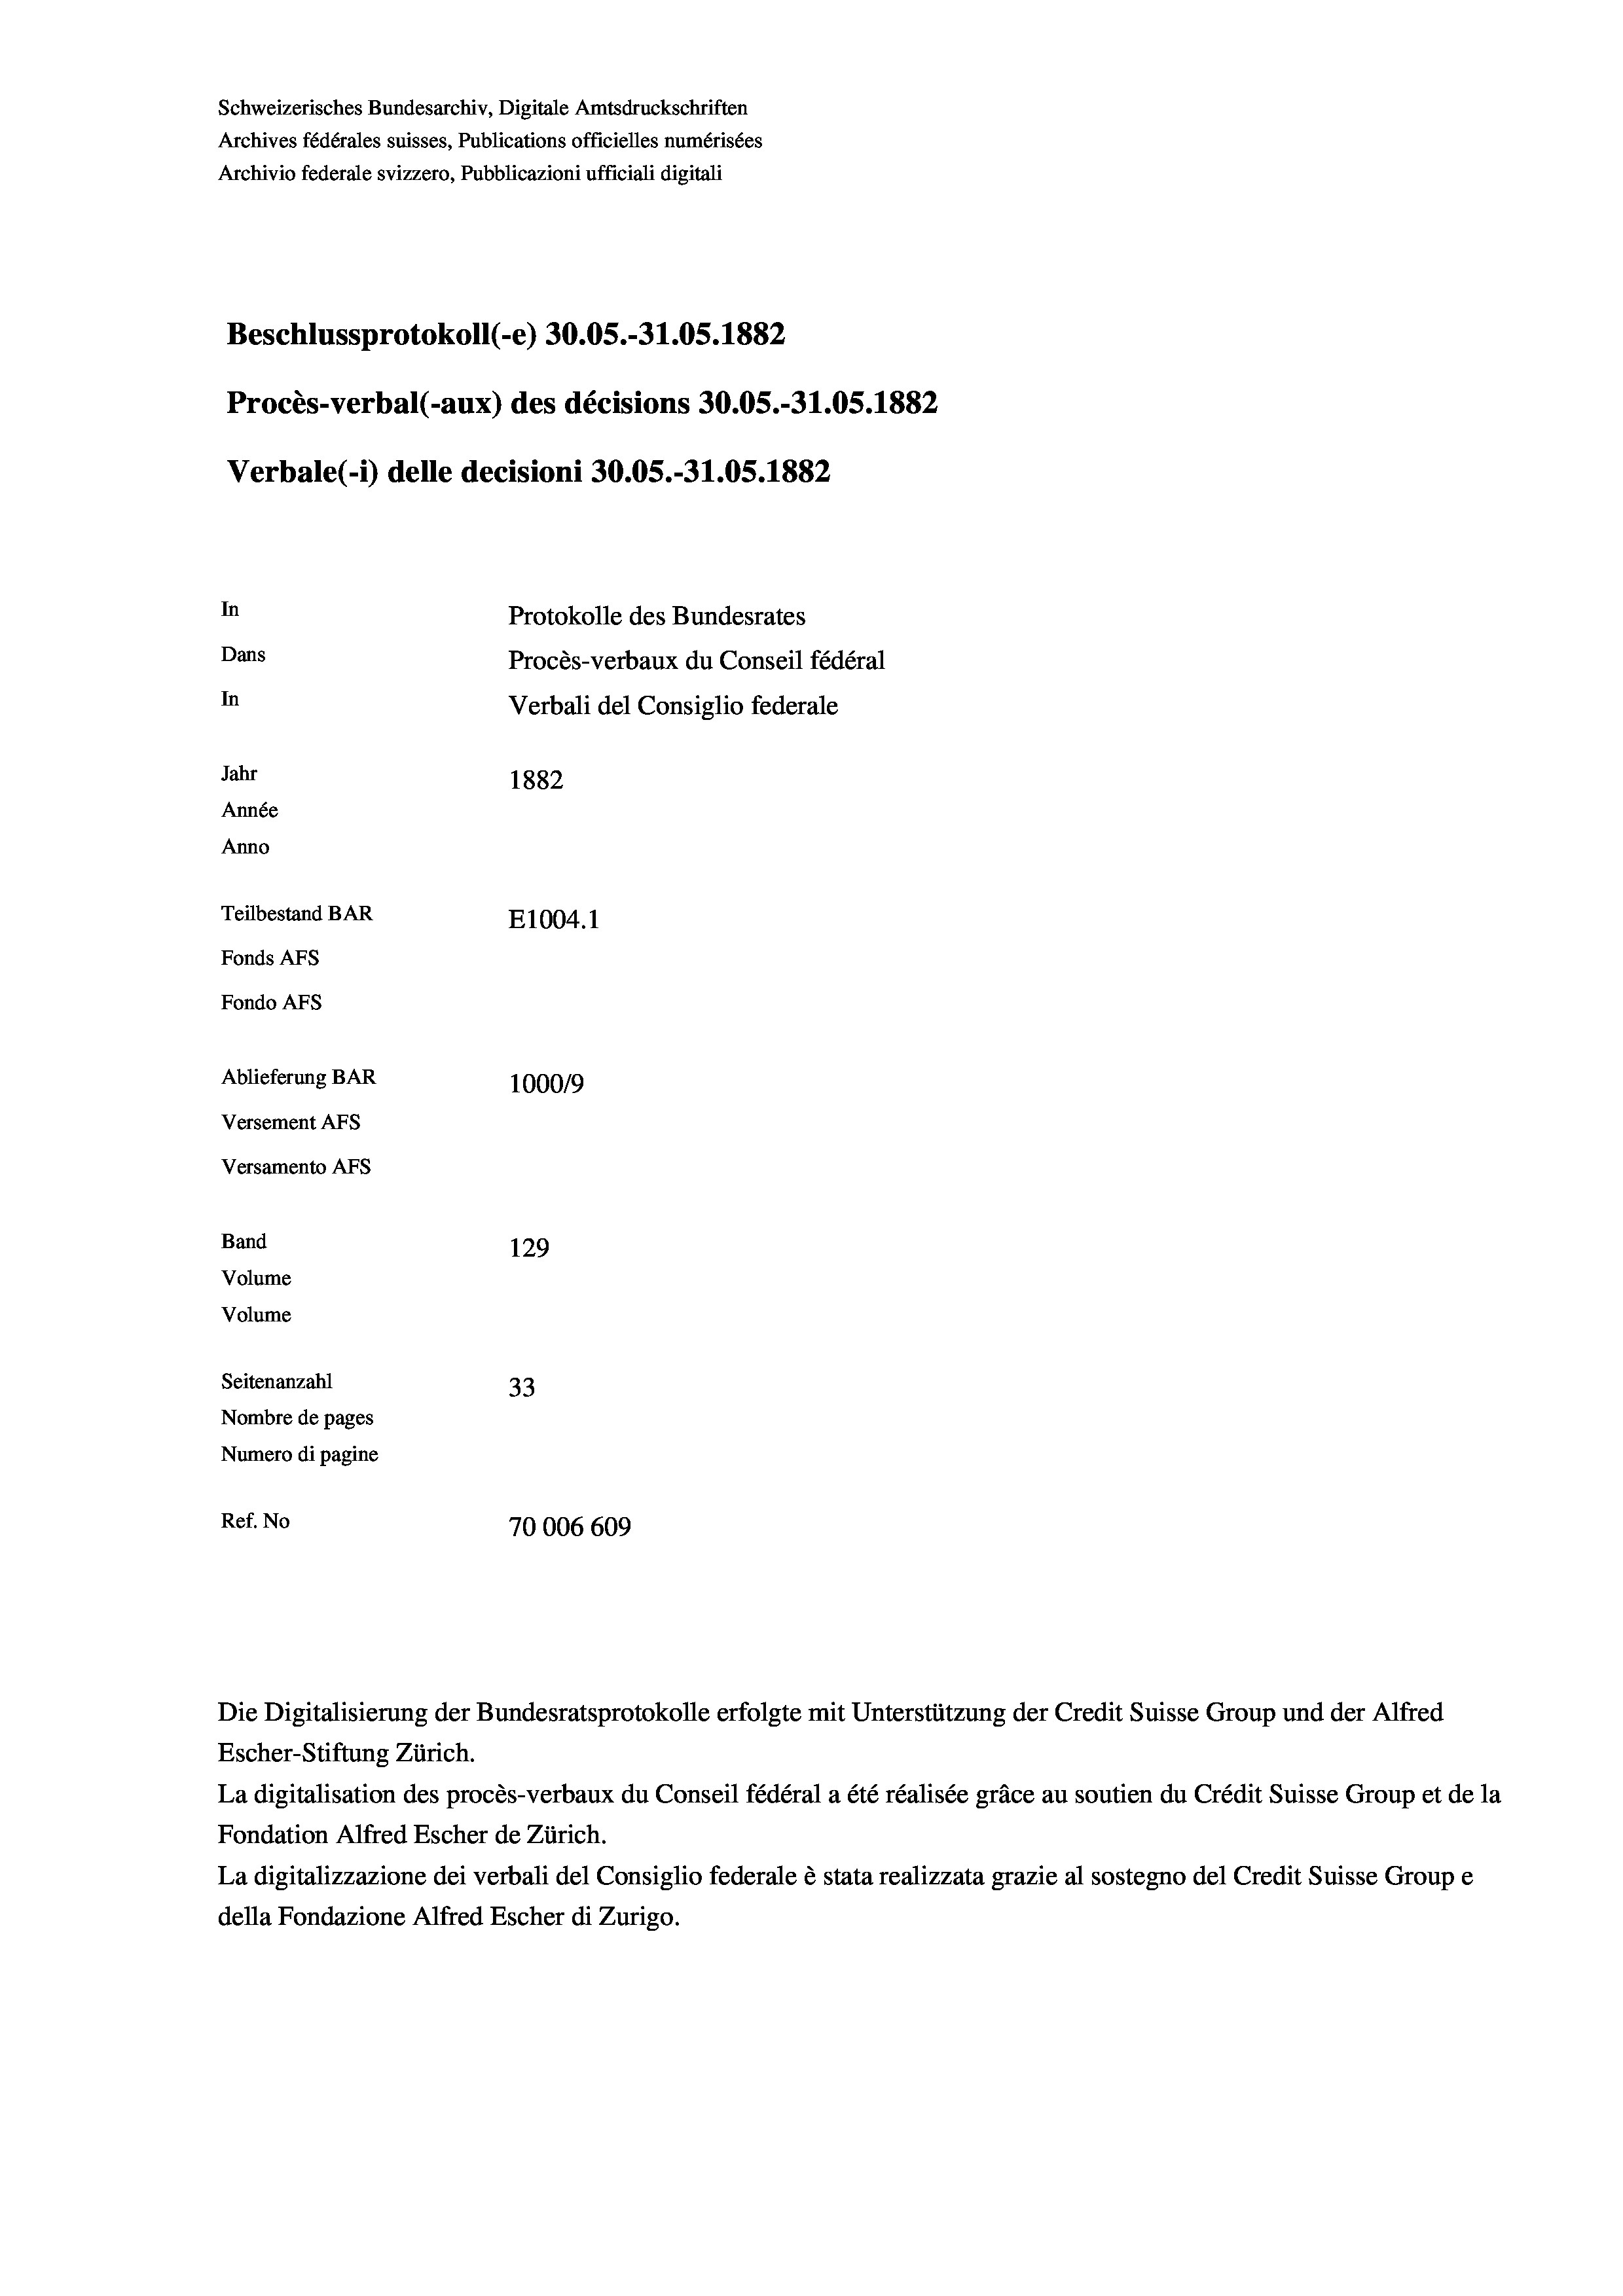
Schweizerisches Bundesarchiv, Digitale Amtsdruckschriften
Archives fédérales suisses, Publications officielles numérisées
Archivio federale svizzero, Pubblicazioni ufficiali digitali
Beschlussprotokoll (-e) 30.05.-31.05. 1882
Procès-verbal (-aux) des décisions 30.05.-31.05. 1882
Verbale (1) delle decisioni 30.05.-31.05. 1882
In
Protokolle des Bundesrates
Dans
Procès-verbaux du Conseil fédéral
In
Verbali del Consiglio federale
Jahr
1882
Année
Anno
Teilbestand BAR
E1004.1
Fonds AFs
Fondo Afs
Ablieferung BAR
100019
Versement AFs
Versamento AFS
Band
129
Volume
Volume
Seitenanzahl
33
Nombre de pages
Numero di pagine
Ref. No
70006 609

Escher-Stiftung Zürich.
La digitalisation des procès-verbaux du Conseil fédéral a été réalisée gräce au soutien du Crédit Suisse Group et de la
Fondation Alfred Escher de Zürich.
La digitalizzazione dei verbali del Consiglio federale è stata realizzata grazie al sostegno del Credit Suisse Groupe
della Fondazione Alfred Escher di Zurigo.

Die Digitalisierung der Bundesratsprotokolle erfolgte mit Unterstützung der Credit Suisse Group und der Alfred